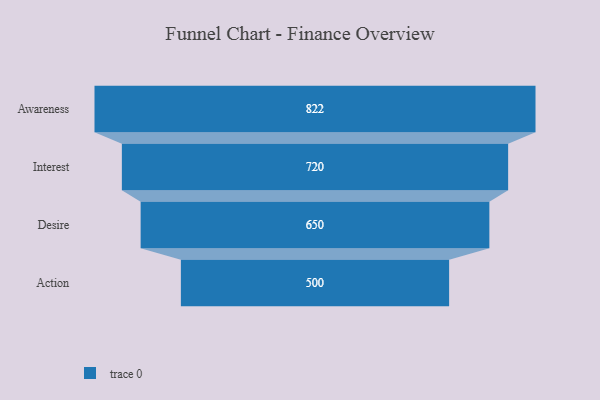
{"axis": {"x": "Stage", "y": "Value"}, "legend": [""], "data": [{"x": "Awareness", "y": 822.0, "type": ""}, {"x": "Interest", "y": 720.0, "type": ""}, {"x": "Desire", "y": 650.0, "type": ""}, {"x": "Action", "y": 500, "type": ""}]}